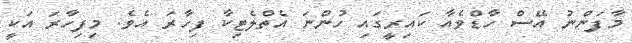
މާފަންނު އޭސް ހާޑްވެއާ ކައިރީގައި ހުންނަ އެތްލެޓިކާ ފިހާރަ އެވެ. މިފިހާރަ އަކީ